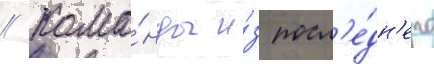
// Кома́нды и́з посл'е́дн'его